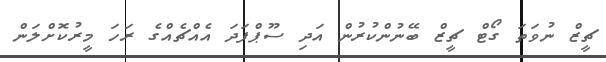
ޗީޒް ނުވަތަ ގޯޓް ޗީޒް ބޭނުންކުރުން އަދި ސޫޕްފަދަ އެއްޗެއްގެ ރަހަ މީރުކޮށްލަން